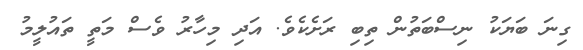
ގިނަ ބަޔަކު ނިސްބަތުން ތިބި ރަށެކެވެ. އަދި މިހާރު ވެސް މަތީ ތައުލީމު